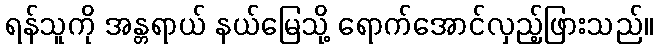
ရန်သူကို အန္တရာယ် နယ်မြေသို့ ရောက်အောင်လှည့်ဖြားသည်။